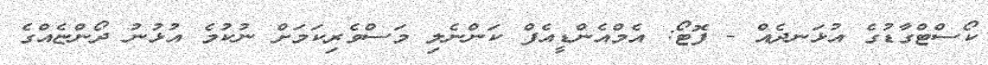
ކޯސްޓްގާޑުގެ އުޅަނދެއް - ފޮޓޯ: އެމްއެންޑީއެފް ކަންނެލި މަސްވެރިކަމަށް ނުކުމެ އުޅުނު ދޯންޏެއްގެ